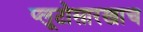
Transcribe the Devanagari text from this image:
प्लूटोसारखाच